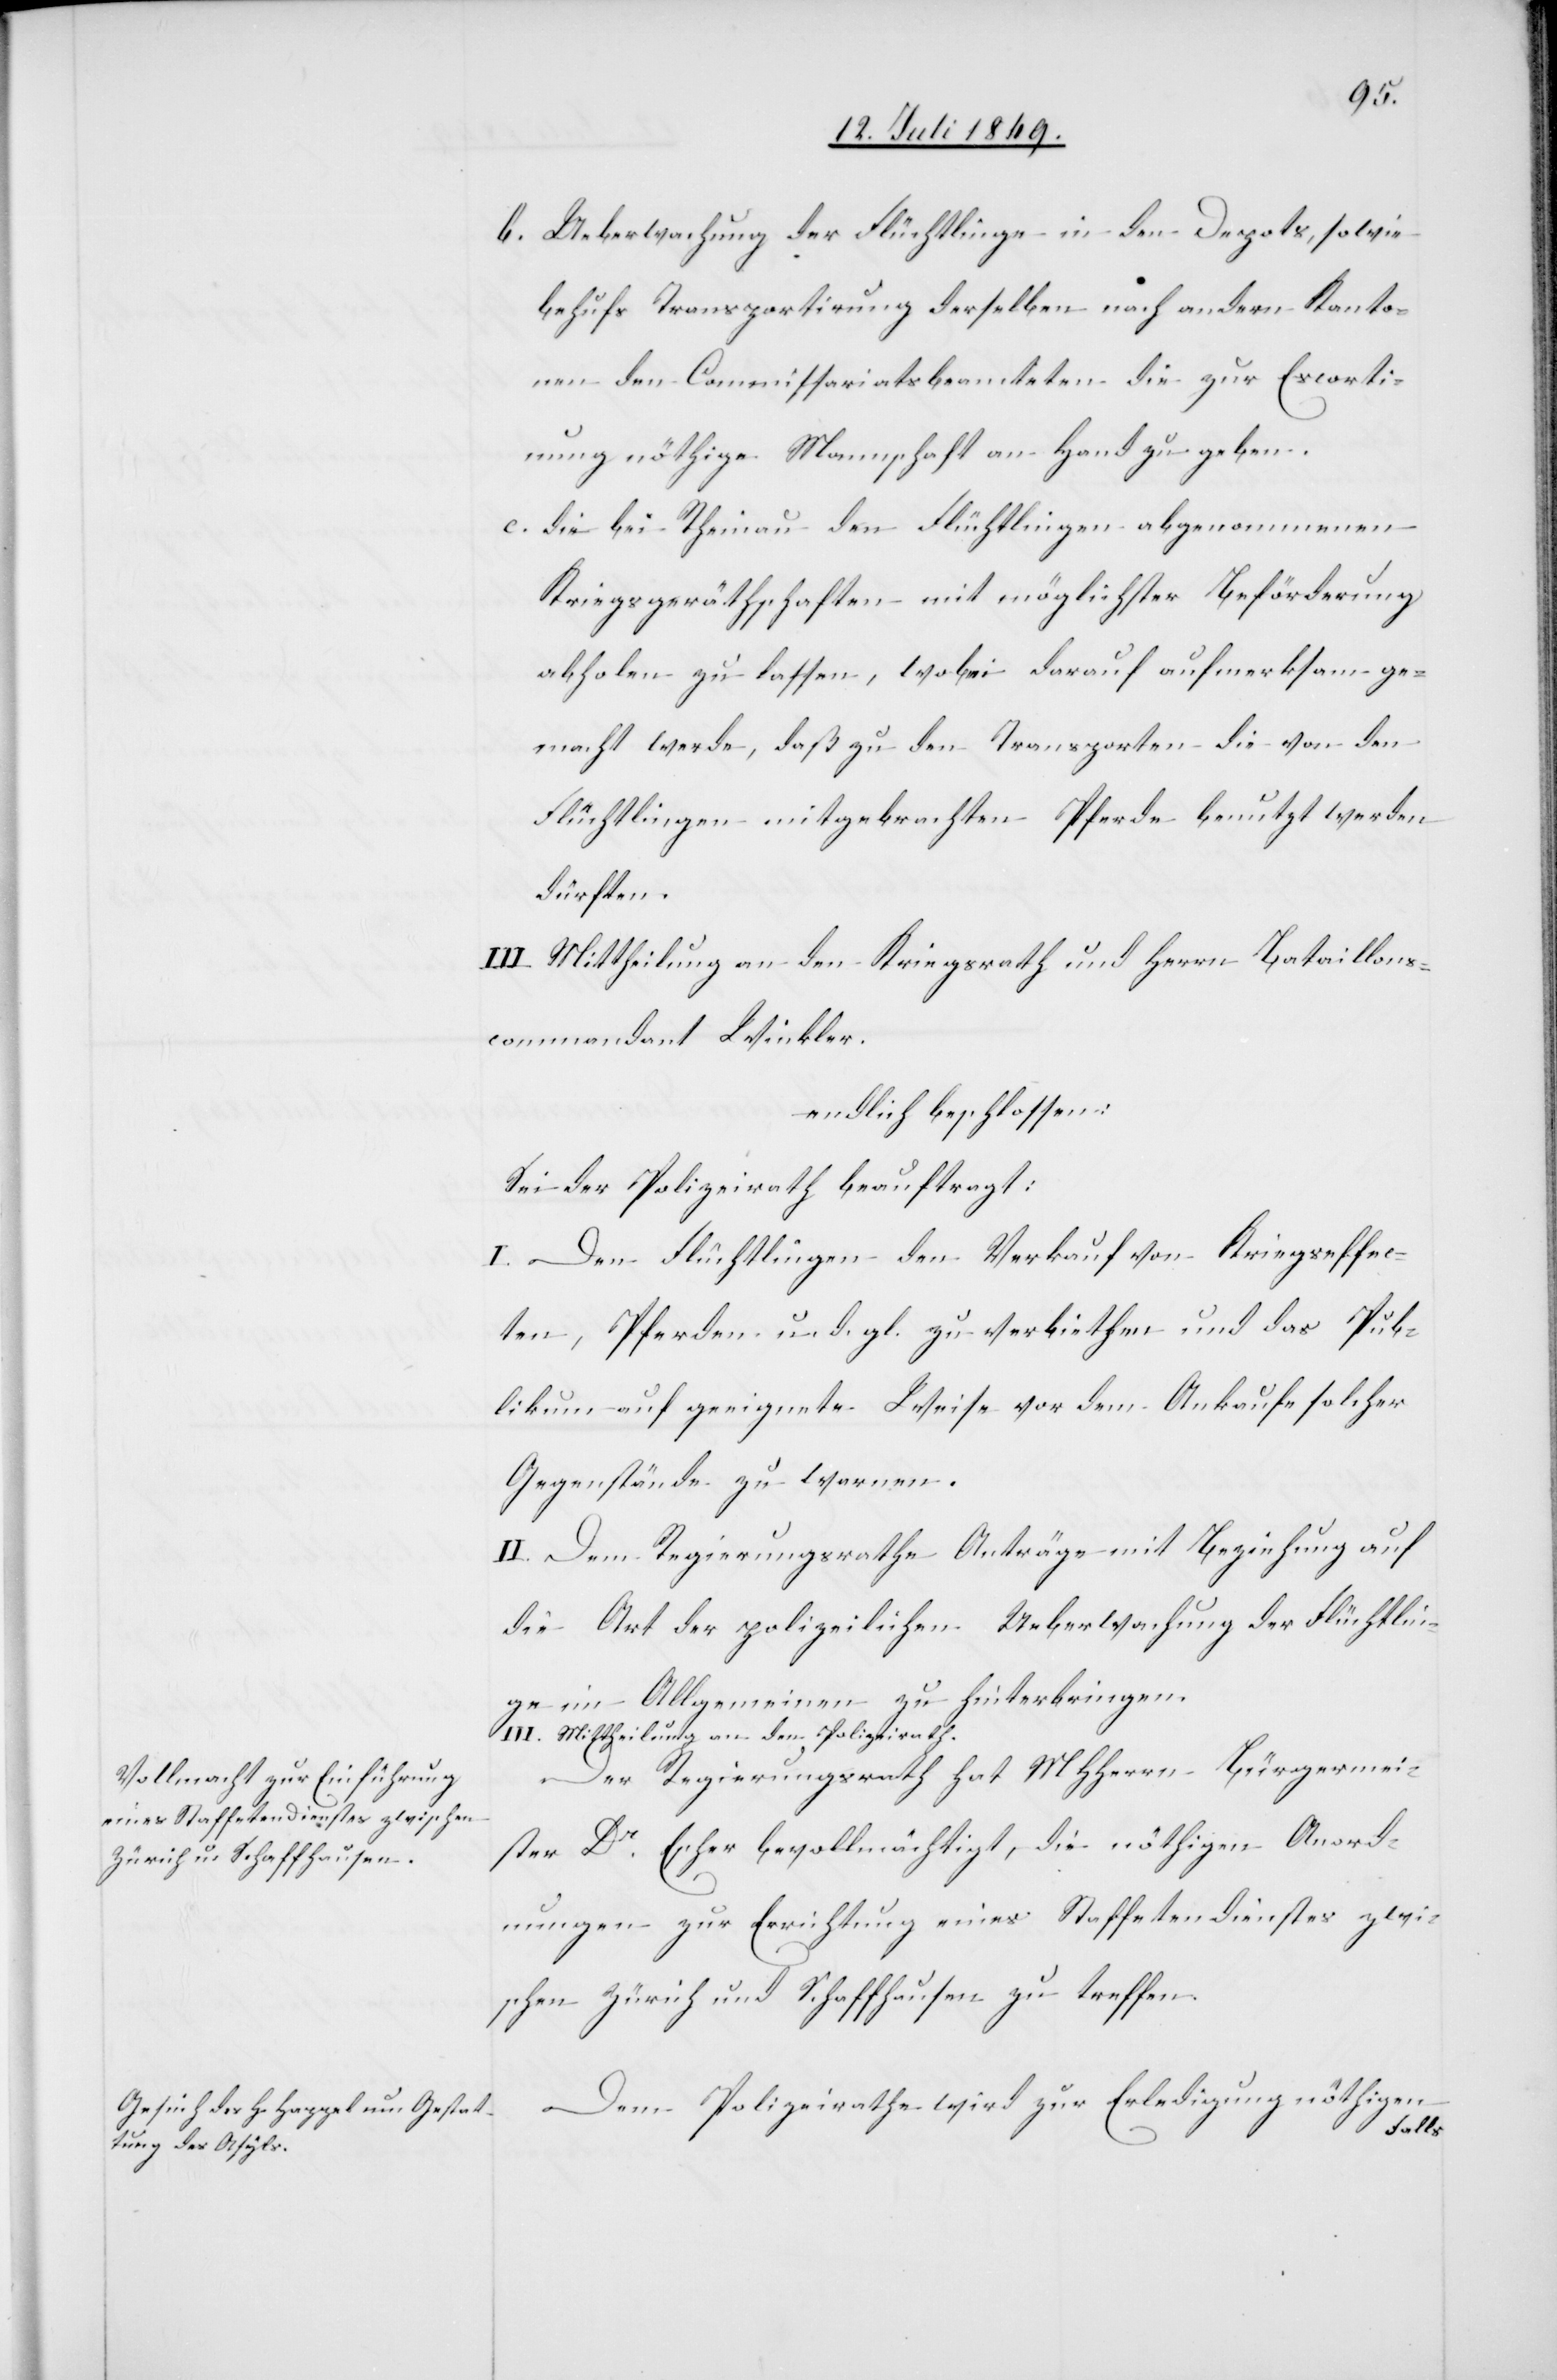
b 	Ueberwachung der Flüchtlinge in den Depots, sowie
behufs Transportirung derselben nach andern Kanto¬
nen den Commissariatsbeamteten die zur Escorti¬
rung nöthige Mannschaft an Hand zu geben.
c. 	die bei Rheinau den Flüchtlingen abgenommenen
Kriegsgeräthschaften mit möglichster Beförderung
abholen zu lassen, wobei darauf aufmerksam ge¬
macht werde, daß zu den Transporten die von den
Flüchtlingen mitgebrachten Pferde benutzt werden
dürften.
III. Mittheilung an den Kriegsrath und Herrn Bataillons¬
commandant Winkler.
endlich beschlossen:
Sei der Polizeirath beauftragt:
I. Den Flüchtlingen den Verkauf von Kriegseffec¬
ten, Pferden u. d. gl. zu verbiethen und das Pub¬
likum auf geeignete Weise vor dem Ankaufe solcher
Gegenstände zu warnen.
II. Dem Regierungsrathe Anträge und Beziehung auf
die Art der polizeilichen Ueberwachung der Flüchtlin¬
ge im Allgemeinen zu hinterbringen.
III. Mittheilung an den Polizeirath.
Der Regierungsrath hat MHHerrn Bürgermei¬
ster Dr Escher bevollmächtigt, die nöthigen Anord¬
nungen zur Errichtung eines Staffetendienstes zwi¬
schen Zürich und Schaffhausen zu treffen.
Dem Polizeirathe wird zur Erledigung nöthigen
Falls